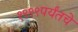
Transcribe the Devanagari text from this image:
१९९९पर्यंतचे